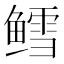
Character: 鳕